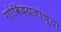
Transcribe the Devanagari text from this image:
गोविंदग्रजांच्या